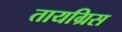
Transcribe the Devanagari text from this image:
तायग्रिस